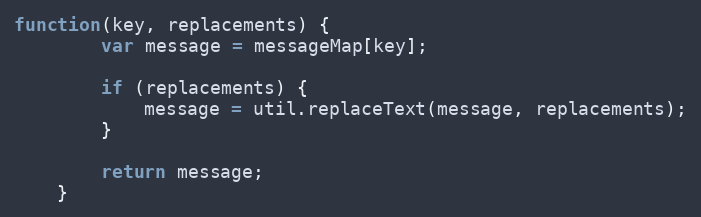
Language: JavaScript
function(key, replacements) {
        var message = messageMap[key];

        if (replacements) {
            message = util.replaceText(message, replacements);
        }

        return message;
    }